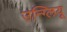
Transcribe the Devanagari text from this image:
उन्ग्लियू